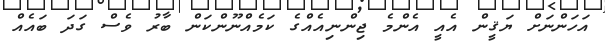
އަހަންނަށް ޔަޤީން އެއީ އެންމެ ޖިންނިއެއްގެ ކަމެއްނޫންކަން ބާރު ވެސް ގަދަ ބައެއް